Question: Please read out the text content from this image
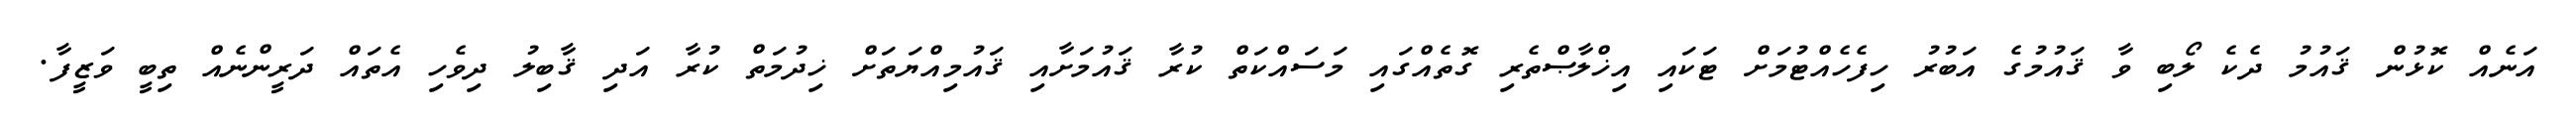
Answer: އަނެއް ކޮޅުން ޤައުމު ދެކެ ލޯބި ވާ ޤައުމުގެ އަބުރު ހިފެހެއްޓުމަށް ޓަކައި އިޚްލާޞްތެރި ގޮތެއްގައި މަސައްކަތް ކުރާ ޤައުމަށާއި ޤައުމިއްޔަތަށް ޚިދުމަތް ކުރާ އަދި ޤާބިލު ދިވެހި އެތައް ދަރީންނެއް ތިބީ ވަޒީފާ.